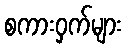
စကားဝှက်များ